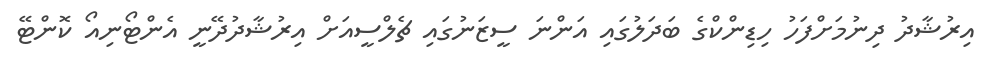
އިރުޝާދު ދިނުމަށްފަހު ހިޑިންކްގެ ބަދަލުގައި އަންނަ ސީޒަނުގައި ޗެލްސީއަށް އިރުޝާދުދޭނީ އެންޓޯނިއޯ ކޮންޓޭ